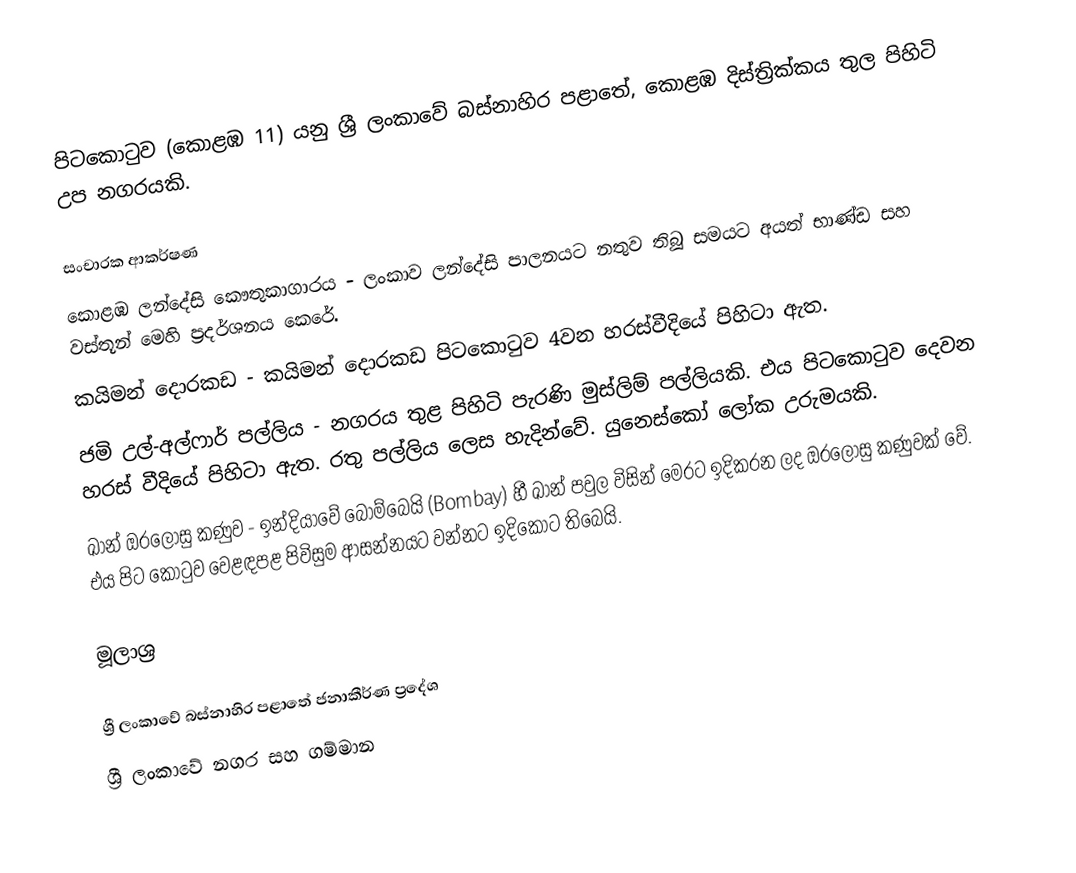
පිටකොටුව (කොළඹ 11) යනු ශ්‍රී ලංකාවේ බස්නාහිර පළාතේ, කොළඹ දිස්ත්‍රික්කය තුල පිහිටි උප නගරයකි.

සංචාරක ආකර්ෂණ
කොළඹ ලන්දේසි කෞතුකාගාරය - ලංකාව ලන්දේසි පාලනයට නතුව තිබූ සමයට අයත් භාණ්ඩ සහ වස්තූන් මෙහි ප්‍රදර්ශනය කෙරේ.
කයිමන් දොරකඩ - කයිමන් දොරකඩ පිටකොටුව 4වන හරස්වීදියේ පිහිටා ඇත.
ජමි උල්-අල්ෆාර් පල්ලිය - නගරය තුළ පිහිටි පැරණි මුස්ලිම් පල්ලියකි. එය පිටකොටුව දෙවන හරස් වීදියේ පිහිටා ඇත. රතු පල්ලිය ලෙස හැදින්වේ. යුනෙස්කෝ ලෝක උරුමයකි.
ඛාන් ඔරලෝසු කණුව - ඉන්දියාවේ බොම්බෙයි (Bombay) හී ඛාන් පවුල විසින් මෙරට ඉදිකරන ලද ඔරලෝසු කණුවක් වේ. එය පිට කොටුව වෙළඳපළ පිවිසුම ආසන්නයට වන්නට ඉදිකොට තිබෙයි.

මූලාශ්‍ර

ශ්‍රී ලංකාවේ බස්නාහිර පළාතේ ජනාකීර්ණ ප්‍රදේශ
ශ්‍රී ලංකාවේ නගර සහ ගම්මාන